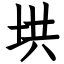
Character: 垬